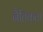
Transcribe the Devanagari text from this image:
नैतिकता